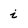
Character: i